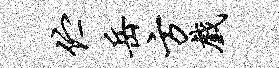
伫岳方戏